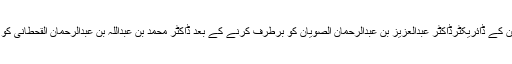
شاہی فرمان کے تحت جامعہ حفر الباطن کے ڈائریکٹرڈاکٹر عبدالعزیز بن عبدالرحمان الصویان کو برطرف کرنے کے بعد ڈاکٹر محمد بن عبداللہ بن عبدالرحمان القحطانی کو ڈائریکٹر کے عہدے پر تعینات کیا گیا۔